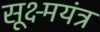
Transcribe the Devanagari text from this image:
सूक्ष्मयंत्र